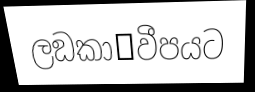
ලඞකා෾වීපයට